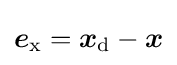
{\boldsymbol {e}}_{\mathrm {x} }={\boldsymbol {x}}_{\mathrm {d} }-{\boldsymbol {x}}